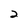
Character: 2